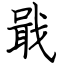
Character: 戢